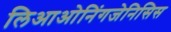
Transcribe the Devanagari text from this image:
लिआओनिंगजेनिसिस